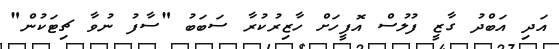
އަދި އަބްދު ގާޒީ ފުލުސް އޮފީހަށް ހާޒިރުކުރާ ސަބަބު "ސާފު ނުވާ ޗިޓަކުން"